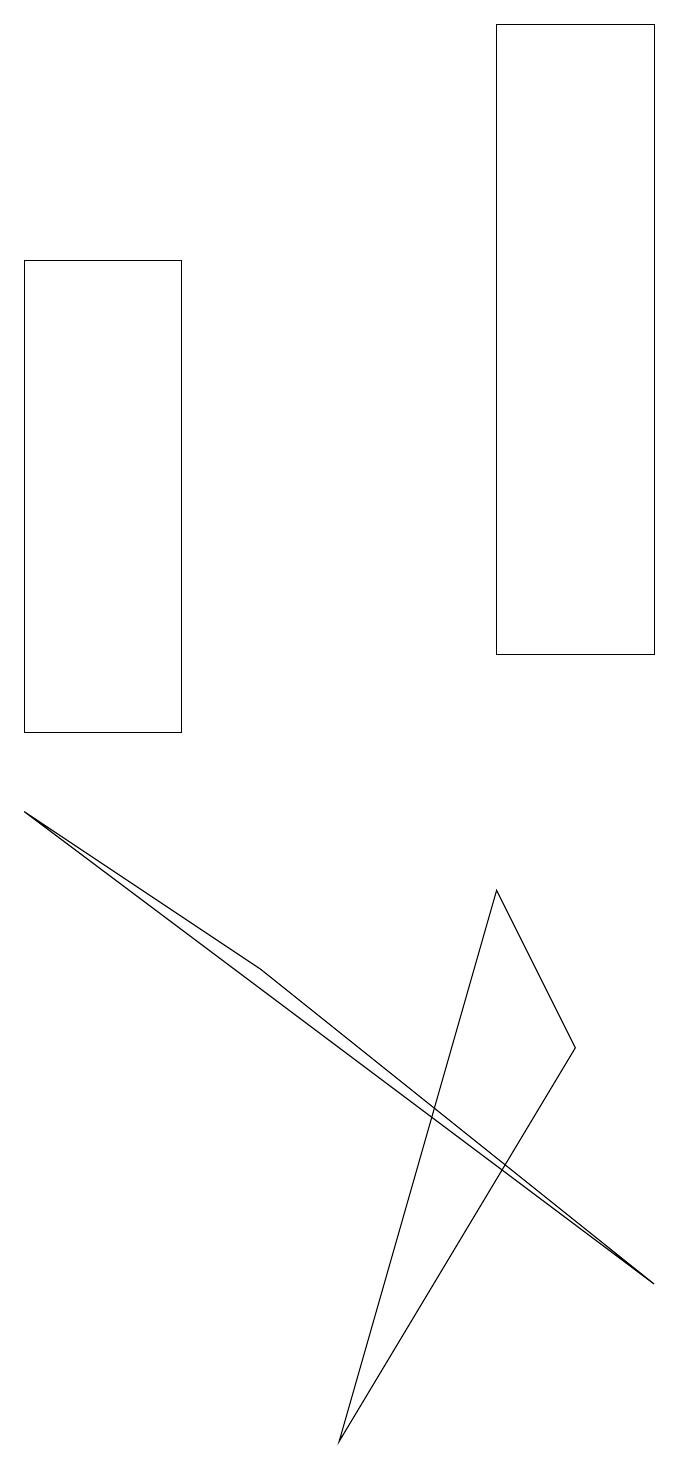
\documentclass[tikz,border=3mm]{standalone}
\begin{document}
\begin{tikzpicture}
\draw (3,7) -- (0,9) -- (8,3) -- cycle;
\draw (7,6) -- (4,1) -- (6,8) -- cycle;
\draw (2,16) rectangle (0,10);
\draw (8,19) rectangle (6,11);
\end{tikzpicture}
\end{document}